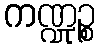
ကဏ္ဍုဉ္စ